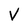
Character: V